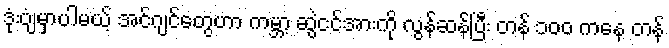
ဒုံးပျံမှာပါမယ့် အင်ဂျင်တွေဟာ ကမ္ဘာ့ ဆွဲငင်အားကို လွန်ဆန်ပြီး တန် ၁၀၀ ကနေ တန်